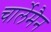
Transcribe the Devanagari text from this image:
चार्लेमैन